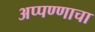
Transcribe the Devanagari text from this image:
अप्पण्णाचा